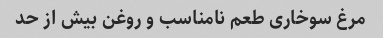
مرغ سوخاری طعم نامناسب و روغن بیش از حد